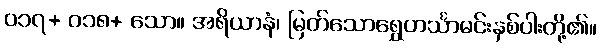
၀၁၇+ ၀၁၈+ သော။ အရိယာနံ၊ မြတ်သောရွှေဟင်္သာမင်းနှစ်ပါးတို့၏။